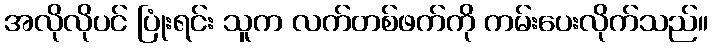
အလိုလိုပင် ပြုံးရင်း သူက လက်တစ်ဖက်ကို ကမ်းပေးလိုက်သည်။